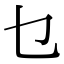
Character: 乜